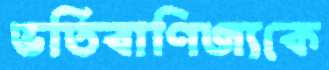
ভর্তিবাণিজ্যকে